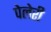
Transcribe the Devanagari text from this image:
पेलेरी